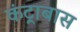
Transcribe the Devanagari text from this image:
कंट्राबास